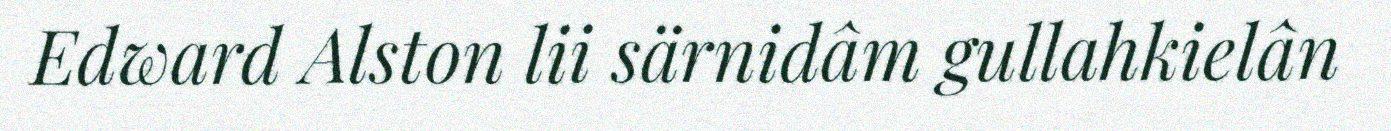
Edward Alston lii särnidâm gullahkielân